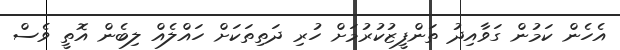
އެހެން ކަމުން ގަވާއިދު ތަންފީޒުކުރުމަށް ހުރި ދަތިތަކަށް ހައްލެއް ލިބެން އޮތީ ވެސް